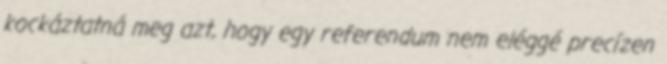
kockáztatná meg azt, hogy egy referendum nem eléggé precízen